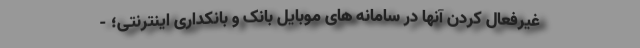
غیرفعال کردن آنها در سامانه های موبایل بانک و بانکداری اینترنتی؛ -